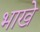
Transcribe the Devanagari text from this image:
भाखे